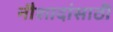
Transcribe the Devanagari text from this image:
नौशादांसाठी